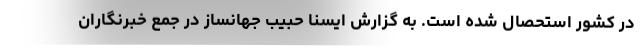
در کشور استحصال شده است. به گزارش ایسنا حبیب جهانساز در جمع خبرنگاران